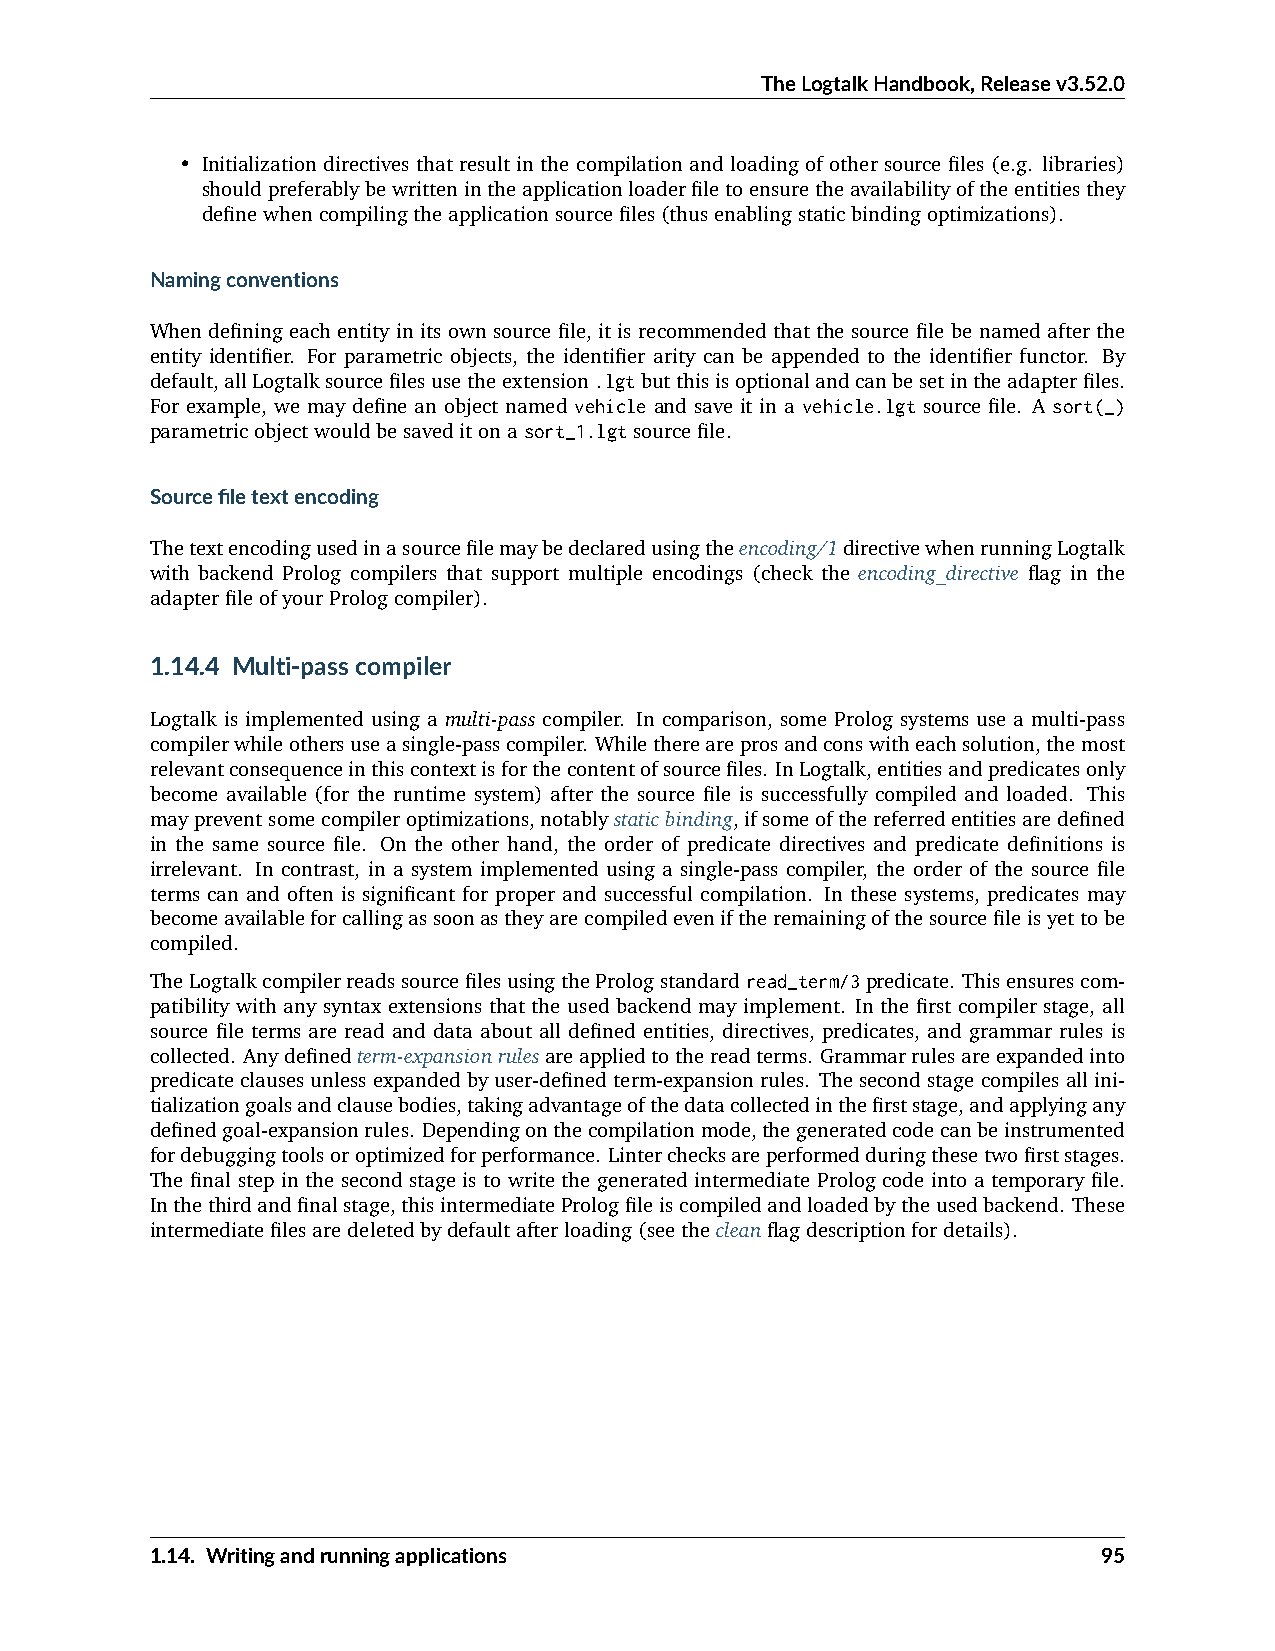
TheLogtalkHandbook,Releasev3.52.0
 • Initialization directives that result in the compilation and loading of other source files (e.g. libraries)
 shouldpreferablybewrittenintheapplicationloaderfiletoensuretheavailabilityoftheentitiesthey
 definewhencompilingtheapplicationsourcefiles(thusenablingstaticbindingoptimizations).
 Namingconventions
 When defining each entity in its own source file, it is recommended that the source file be named after the
 entity identifier. For parametric objects, the identifier arity can be appended to the identifier functor. By
 default,allLogtalksourcefilesusetheextension.lgtbutthisisoptionalandcanbesetintheadapterfiles.
 For example, we may define an object named vehicle and save it in a vehicle.lgt source file. A sort(_)
 parametricobjectwouldbesaveditonasort_1.lgtsourcefile.
 Sourcefiletextencoding
 Thetextencodingusedinasourcefilemaybedeclaredusingtheencoding/1directivewhenrunningLogtalk
 with backend Prolog compilers that support multiple encodings (check the encoding_directive flag in the
 adapterfileofyourPrologcompiler).
 1.14.4 Multi-passcompiler
 Logtalk is implemented using a multi-pass compiler. In comparison, some Prolog systems use a multi-pass
 compilerwhileothersuseasingle-passcompiler. Whilethereareprosandconswitheachsolution,themost
 relevantconsequenceinthiscontextisforthecontentofsourcefiles. InLogtalk,entitiesandpredicatesonly
 become available (for the runtime system) after the source file is successfully compiled and loaded. This
 maypreventsomecompileroptimizations,notablystaticbinding,ifsomeofthereferredentitiesaredefined
 in the same source file. On the other hand, the order of predicate directives and predicate definitions is
 irrelevant. In contrast, in a system implemented using a single-pass compiler, the order of the source file
 terms can and often is significant for proper and successful compilation. In these systems, predicates may
 becomeavailableforcallingassoonastheyarecompiledeveniftheremainingofthesourcefileisyettobe
 compiled.
 TheLogtalkcompilerreadssourcefilesusingthePrologstandardread_term/3predicate. Thisensurescom-
 patibility with any syntax extensions that the used backend may implement. In the first compiler stage, all
 source file terms are read and data about all defined entities, directives, predicates, and grammar rules is
 collected. Anydefinedterm-expansionrulesareappliedtothereadterms. Grammarrulesareexpandedinto
 predicateclausesunlessexpandedbyuser-definedterm-expansionrules. Thesecondstagecompilesallini-
 tializationgoalsandclausebodies,takingadvantageofthedatacollectedinthefirststage,andapplyingany
 definedgoal-expansionrules. Dependingonthecompilationmode,thegeneratedcodecanbeinstrumented
 fordebuggingtoolsoroptimizedforperformance. Linterchecksareperformedduringthesetwofirststages.
 The final step in the second stage is to write the generated intermediate Prolog code into a temporary file.
 Inthethirdandfinalstage,thisintermediatePrologfileiscompiledandloadedbytheusedbackend. These
 intermediatefilesaredeletedbydefaultafterloading(seethecleanflagdescriptionfordetails).
 1.14. Writingandrunningapplications                            95